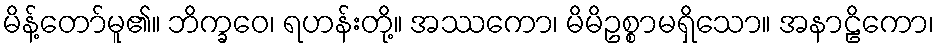
မိန့်တော်မူ၏။ ဘိက္ခဝေ၊ ရဟန်းတို့။ အဿကော၊ မိမိဥစ္စာမရှိသော။ အနာဠိကော၊